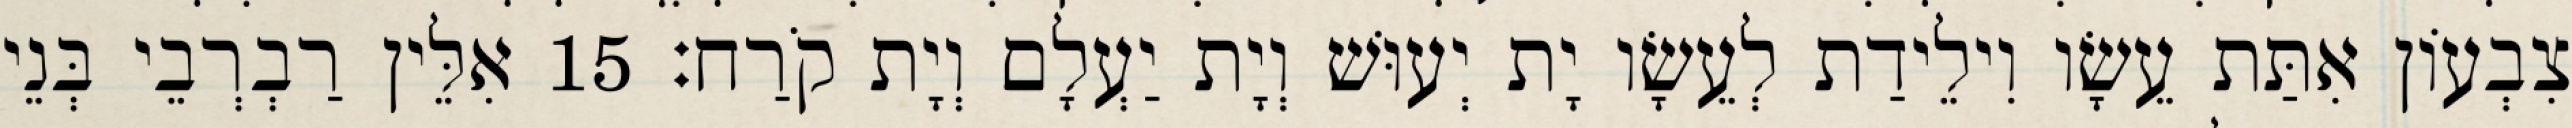
צִבְעוֹן אִתַּת עֵשָׂו וִילֵידַת לְעֵשָׂו יָת יְעוּשׁ וְיָת יַעְלָם וְיָת קֹרַח׃ 15 אִלֵּין רַבְרְבֵי בְּנֵי